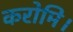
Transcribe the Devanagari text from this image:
करोमि।